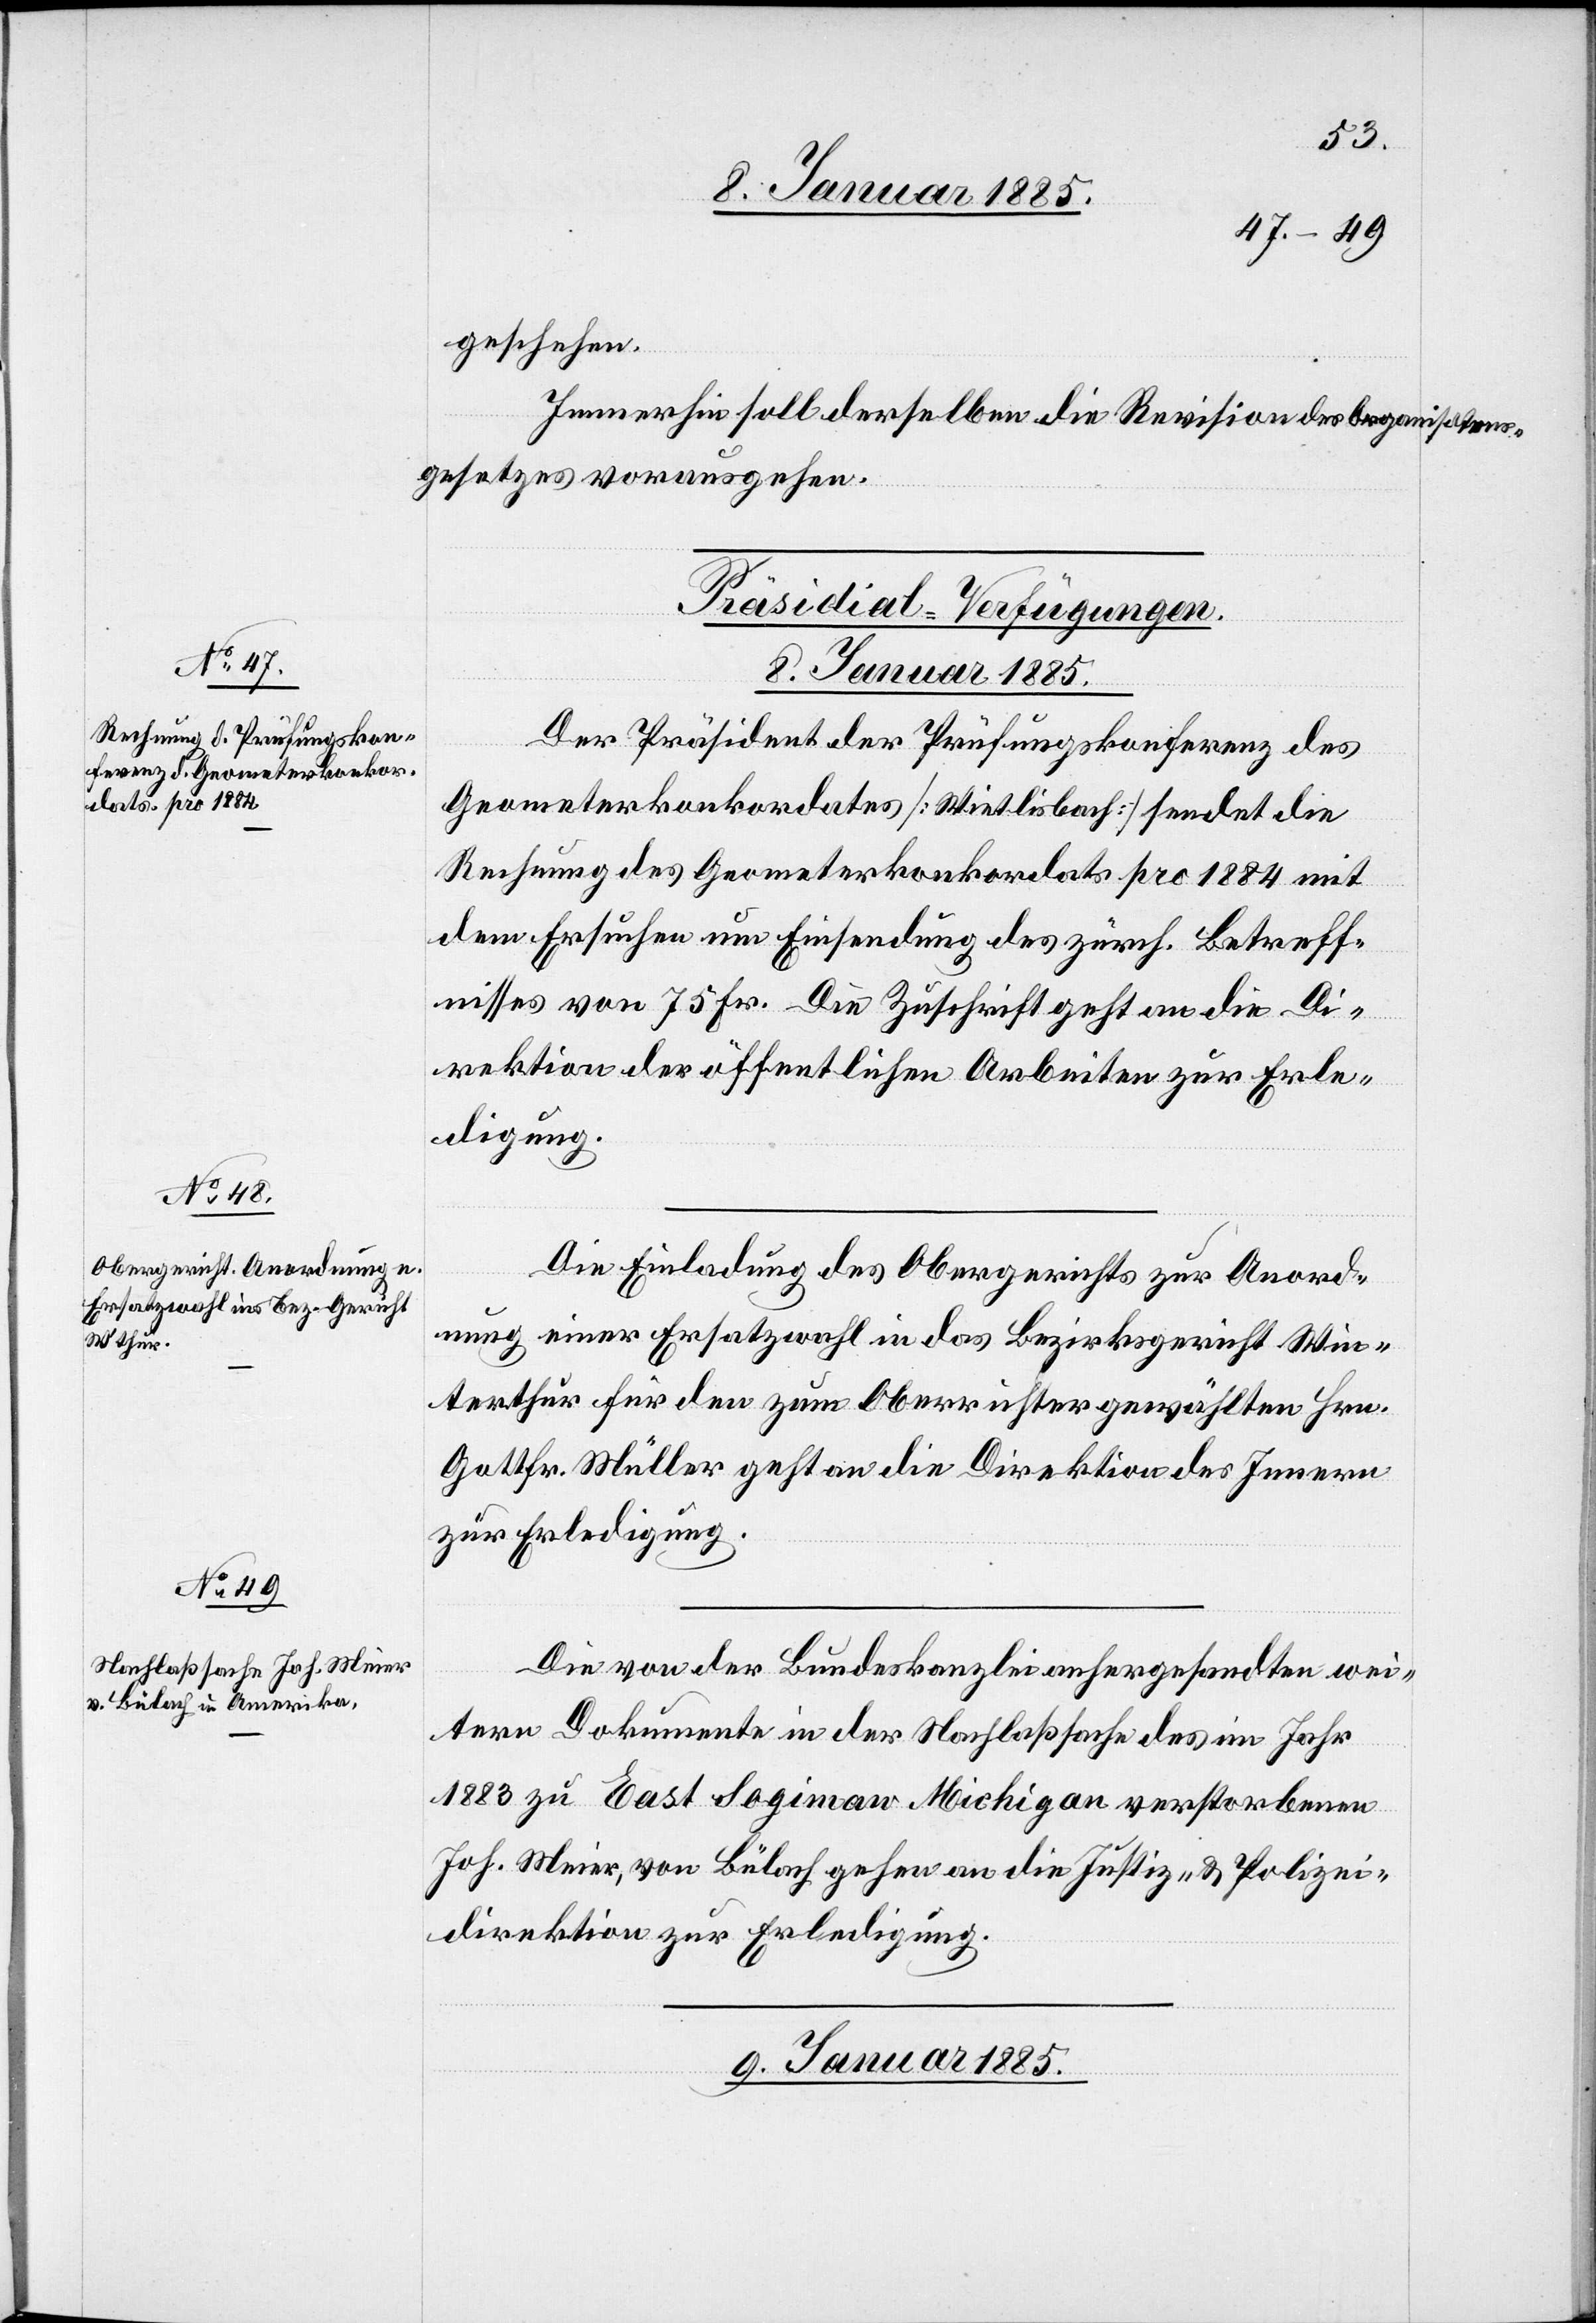
geschehen.
Immerhin soll derselben die Revision des Organisations¬
gesetzes voraushegen.
[Präsidial-Verfügungen.
8. Januar 1885.]
Der Präsident der Prüfungskonferenz des
Geometerkonkordates [Wietlisbach] sendet die
Rechnung des Geometerkonkordates pro 1884 mit
dem Ersuchen um Einsendung des zürch. Betreff¬
nisses von 75 Fr. Die Zuschrift geht an die Di¬
rektion der öffentlichen Arbeiten zur Erle¬
digung.
Die Einladung des Obergerichtes zur Anord¬
nung einer Ersatzwahl in das Bezirksgericht Win¬
terthur für den zum Oberrichter gewählten Hrn.
Gottfr. Müller geht an die Direktion des Innern
zur Erledigung.
Die von der Bundeskanzlei anhergesandte wei¬
tern Dokumente in der Nachlaßsache des im Jahr
1883 zu East Sogiman Michigan verstorbenen
Joh. Meier, von Bülach gehen an die Justiz- und Polizei¬
direktion zur Erledigung.